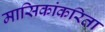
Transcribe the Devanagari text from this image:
मासिकांकरिता